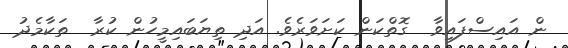
ން އައިސްފައިވާ  ގޮތްކަން ކަށަވަރެވެ. އަދި ތިޔަބައިމީހުން ކުރާ  ތަކާމެދު